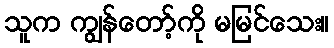
သူက ကျွန်တော့်ကို မမြင်သေး။